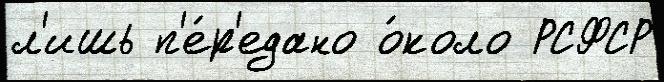
л'ишь п'е́р'едано о́коло РСФСР